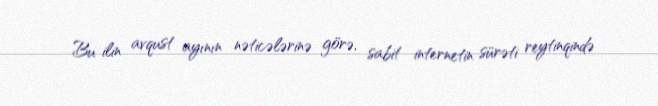
Bu ilin avqust ayının nəticələrinə görə, sabit internetin sürəti reytinqində